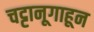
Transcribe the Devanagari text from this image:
चट्टानूगाहून